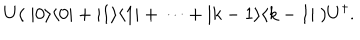
LaTeX: U ( \ | 0 \rangle \langle 0 | + | 1 \rangle \langle 1 | + \cdots + | k - 1 \rangle \langle k - 1 | \ ) U ^ { \dagger } .